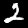
Label: 2